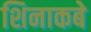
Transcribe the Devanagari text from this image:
शिनाकबे